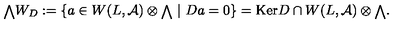
{ { \scriptstyle \bigwedge } } W _ { D } : = \{ a \in W ( L , { \cal A } ) \otimes { \scriptstyle \bigwedge } \ | \ D a = 0 \} = \mathrm { K e r } D \cap W ( L , { \cal A } ) \otimes { \scriptstyle \bigwedge } .